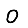
Digit: 0